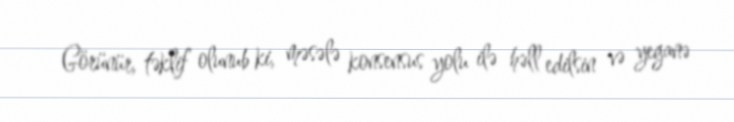
Görünür, təklif olunub ki, məsələ konsensus yolu ilə həll edilsin və yeganə